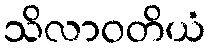
သိလာဝတိယံ